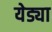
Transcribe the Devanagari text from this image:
येड्या